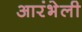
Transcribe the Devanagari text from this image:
आरंभेली